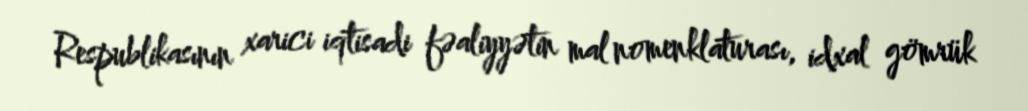
Respublikasının xarici iqtisadi fəaliyyətin mal nomenklaturası, idxal gömrük